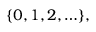
\{ 0 , 1 , 2 , \ldots \} ,